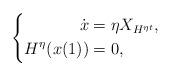
LaTeX: \begin{align*}\left\{\begin{aligned}\dot x &= \eta X_{H^{\eta t}},\\H^{\eta}(x(1))&=0,\end{aligned}\right.\end{align*}